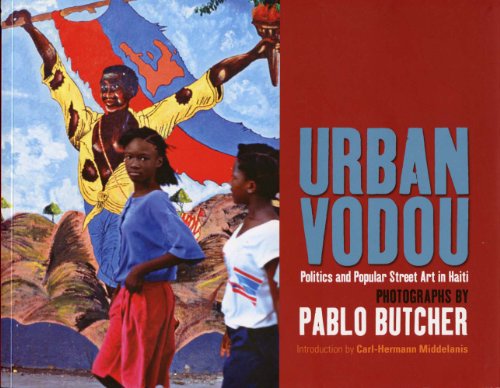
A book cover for Urban Vodou: Politics and Popular Street Art in Haiti; Pablo Butcher; Travel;